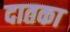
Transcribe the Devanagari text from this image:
दातका